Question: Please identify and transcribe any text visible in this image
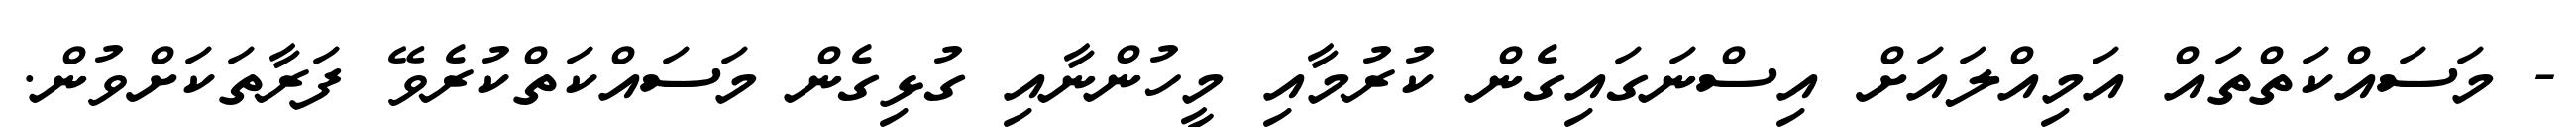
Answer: - މަސައްކަތްތައް އަމިއްލައަށް އިސްނަގައިގެން ކުރުމާއި މީހުންނާއި ގުޅިގެން މަސައްކަތްކުރެވޭ ފަރާތަކަށްވުން.